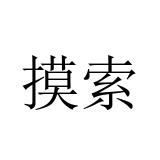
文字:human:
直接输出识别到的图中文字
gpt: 摸索